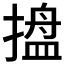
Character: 𭢋